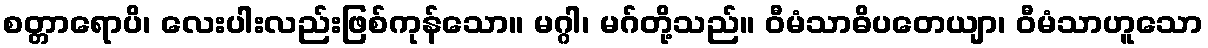
စတ္တာရောပိ၊ လေးပါးလည်းဖြစ်ကုန်သော။ မဂ္ဂါ၊ မဂ်တို့သည်။ ဝီမံသာဓိပတေယျာ၊ ဝီမံသာဟူသော